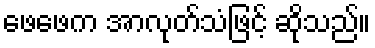
ဖေဖေက အာလုတ်သံဖြင့် ဆိုသည်။